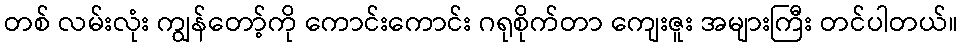
တစ် လမ်းလုံး ကျွန်တော့်ကို ကောင်းကောင်း ဂရုစိုက်တာ ကျေးဇူး အများကြီး တင်ပါတယ်။